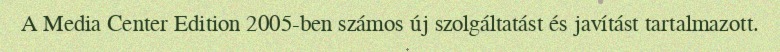
A Media Center Edition 2005-ben számos új szolgáltatást és javítást tartalmazott.